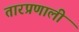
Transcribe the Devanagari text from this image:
तारप्रणाली